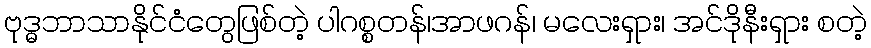
ဗုဒ္ဓဘာသာနိုင်ငံတွေဖြစ်တဲ့ ပါဂစ္စတန်၊အာဖဂန်၊ မလေးရှား၊ အင်ဒိုနီးရှား စတဲ့